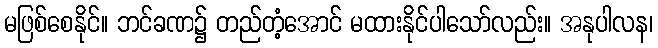
မဖြစ်စေနိုင်။ ဘင်ခဏ၌ တည်တံ့အောင် မထားနိုင်ပါသော်လည်း။ အနုပါလန၊